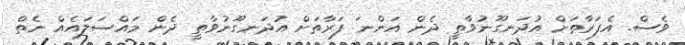
ވެސް. އެފަރާތަށް އުދަނގޫނުވާތީ ދެން އަންނަ ފަރާތަށް އުދަނގޫނުވާތީ ދެން މައްސަލައެއް ނެތް